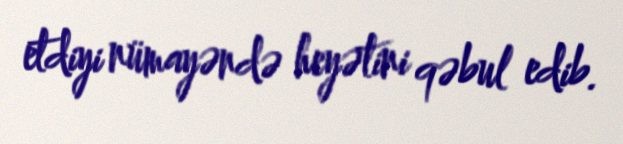
etdiyi nümayəndə heyətini qəbul edib.